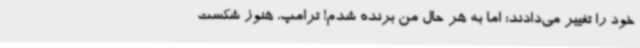
خود را تغییر می‌دادند؛ اما به هر حال من برنده شدم! ترامپ، هنوز شکست